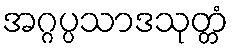
အဂ္ဂပ္ပသာဒသုတ္တံ